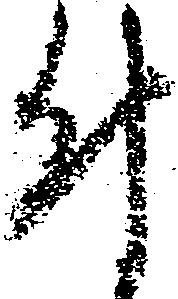
付